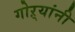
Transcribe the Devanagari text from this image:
गोऱ्यांनी